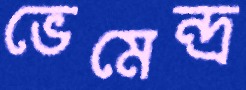
ভেমেন্দ্র